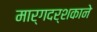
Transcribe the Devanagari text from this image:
मार्गदर्शकाने